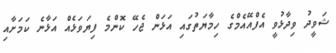
ޝަވީދު ވިދާޅުވީ އެފްއޭއެމްގެ ހިމާޔަތުގައި އަޅަން ޖެހޭ ކޮންމެ ފިޔަވަޅެއް އަޅާނެ ކަމަށާއި